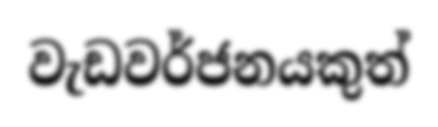
වැඩවර්ජනයකුත්